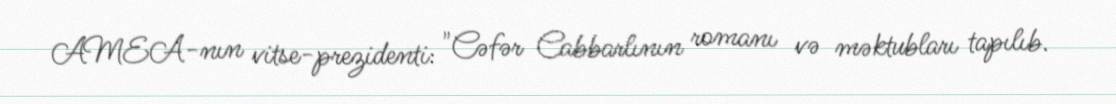
AMEA-nın vitse-prezidenti: "Cəfər Cabbarlının romanı və məktubları tapılıb.